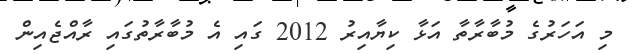
މި އަހަރުގެ މުބާރާތާ އަޅާ ކިޔާއިރު 2012 ގައި އެ މުބާރާތުގައި ރާއްޖެއިން